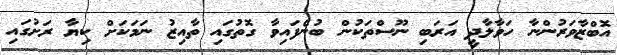
އޮބްޒާވަރުންނާ ހަވާލާދީ އަރަބި ނޫސްތަކުން ބުނެފައިވާ ގޮތުގައި ތާއިޒު ނަމަކަށް ކިޔާ ރަށުގައި